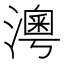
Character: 𤀀